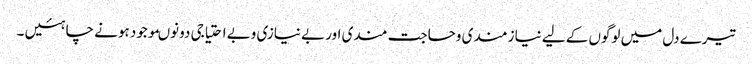
تیرے دل میں لوگوں کے لیے نیاز مندی وحاجت مندی اور بے نیازی وبے احتیاجی دونوںموجود ہونے چاہئیں ۔